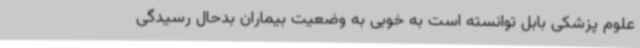
علوم پزشکی بابل توانسته است به خوبی به وضعیت بیماران بدحال رسیدگی